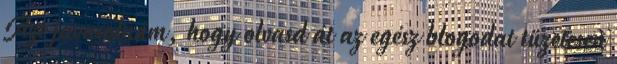
Azt javasolnám, hogy olvasd át az egész blogodat tüzetesen